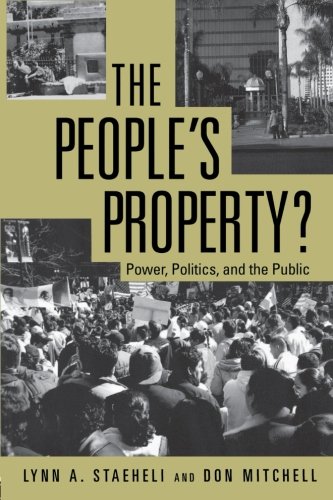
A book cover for The People's Property?: Power, Politics, and the Public.; Lynn Staeheli; Law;